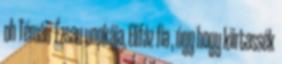
oh Témán Ézsau unokája, Elifáz fia , úgy hogy kiirtassék